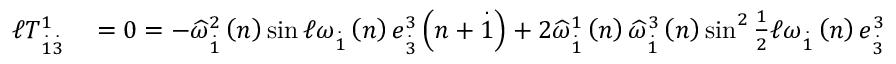
\begin{array} { r l } { \mathcal { \ell } T _ { \overset { . } { 1 } \overset { . } { 3 } } ^ { 1 } } & { { } = 0 = - \widehat { \omega } _ { \overset { . } { 1 } } ^ { 2 } \left( n \right) \sin \mathcal { \ell } \omega _ { \overset { . } { 1 } } \left( n \right) e _ { \overset { . } { 3 } } ^ { 3 } \left( n + \overset { . } { 1 } \right) + 2 \widehat { \omega } _ { \overset { . } { 1 } } ^ { 1 } \left( n \right) \widehat { \omega } _ { \overset { . } { 1 } } ^ { 3 } \left( n \right) \sin ^ { 2 } \frac { 1 } { 2 } \mathcal { \ell } \omega _ { \overset { . } { 1 } } \left( n \right) e _ { \overset { . } { 3 } } ^ { 3 } \left( n + \overset { . } { 1 } \right) } \end{array}